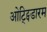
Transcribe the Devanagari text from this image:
ओट्ट्पिडारम